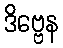
ဒိဗ္ဗေန